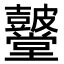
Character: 𮮫